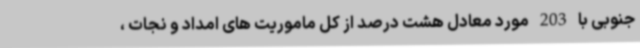
جنوبی با 203 مورد معادل هشت درصد از کل ماموریت های امداد و نجات ،